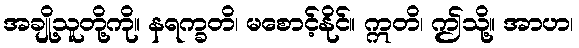
အချို့သူတို့ကို။ နရက္ခတိ၊ မစောင့်နိုင်။ ဣတိ၊ ဤသို့။ အာဟ၊